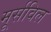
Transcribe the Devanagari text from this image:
मूर्सविल